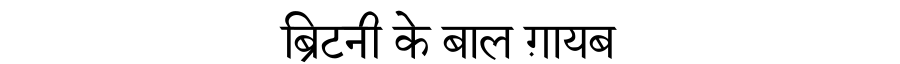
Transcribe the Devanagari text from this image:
ब्रिटनी के बाल ग़ायब